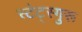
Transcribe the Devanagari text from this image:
स्टेट्स्गुरू